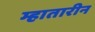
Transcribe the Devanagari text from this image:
म्हातारीन